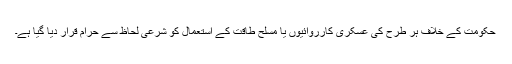
حکومت کے خلاف ہر طرح کی عسکری کارروائیوں یا مسلح طاقت کے استعمال کو شرعی لحاظ سے حرام قرار دیا گیا ہے۔